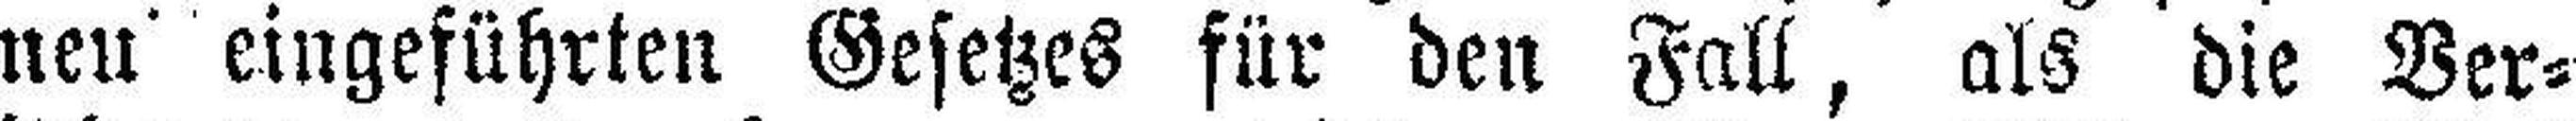
neu eingeführten Gesetzes für den Fall, als die Ver¬